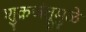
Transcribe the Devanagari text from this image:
शुक्रजंतूमुळे